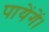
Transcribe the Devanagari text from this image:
पायेंगें।